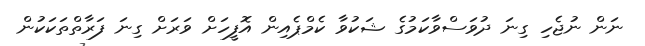
ނަން ނުޖެހި ގިނަ ދުވަސްވާކަމުގެ ޝަކުވާ ކެމްޕެއިން އޮފީހަށް ވަރަށް ގިނަ ފަރާތްތަކަކުން